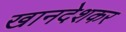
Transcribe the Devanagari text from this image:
खानदेशकर